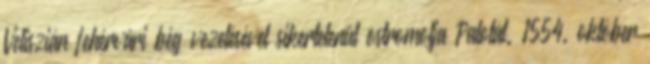
Veliszián fehérvári bég vezetésével sikertelenül ostromolja Palotát. 1554. október